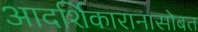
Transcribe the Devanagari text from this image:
आदर्शिकारानासोबत